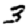
Digit: 3